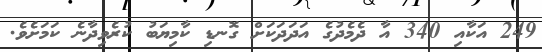
249 އަކާއި 340 އާ ދެމެދުގެ އަދަދަކަށް ގޮނޑި ކާމިޔަބު ކުރެވިދާނެ ކަމަށެވެ.